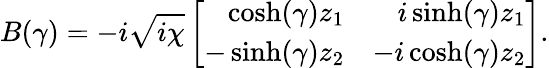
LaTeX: B(\gamma)=-i\sqrt{i\chi}\left[\begin{array}{rr}{\cosh(\gamma)z_{1}}&{i\sinh(\gamma)z_{1}}\\ {-\sinh(\gamma)z_{2}}&{-i\cosh(\gamma)z_{2}}\end{array}\right].